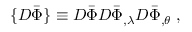
\{ { \cal D } \bar { \Phi } \} \equiv { \cal D } \bar { \Phi } { \cal D } \bar { \Phi } _ { , \lambda } { \cal D } \bar { \Phi } _ { , \theta } \; ,